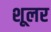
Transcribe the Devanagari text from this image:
शूलर